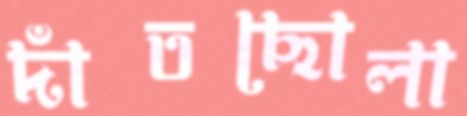
দাঁতছোলা